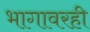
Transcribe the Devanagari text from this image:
भागावरही